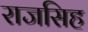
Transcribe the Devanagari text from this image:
राजसिह